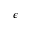
\epsilon